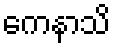
ကေနာသိ